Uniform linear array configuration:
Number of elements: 48
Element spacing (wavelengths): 1
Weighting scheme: kaiser
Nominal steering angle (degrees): -15
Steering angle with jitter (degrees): -14.506
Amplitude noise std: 0.05
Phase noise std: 0.05

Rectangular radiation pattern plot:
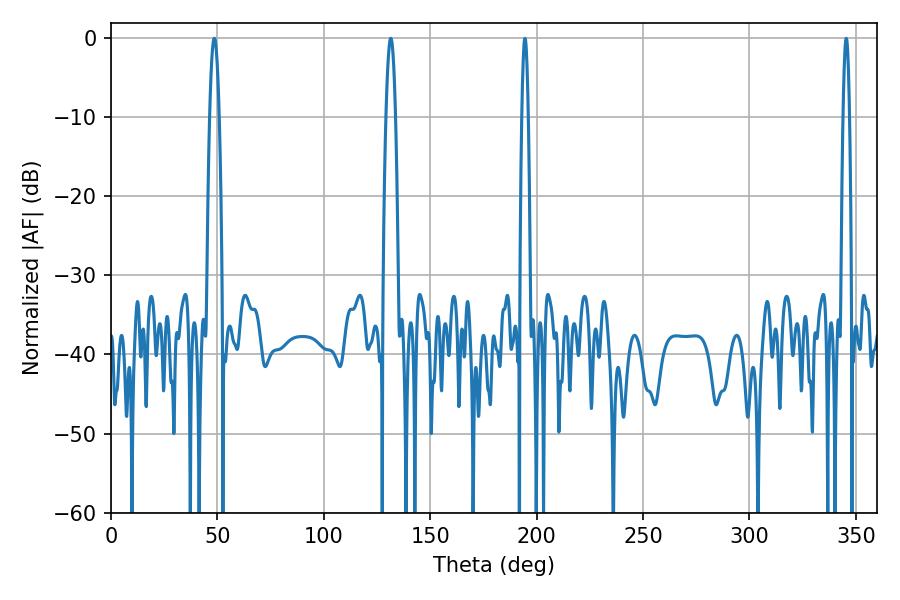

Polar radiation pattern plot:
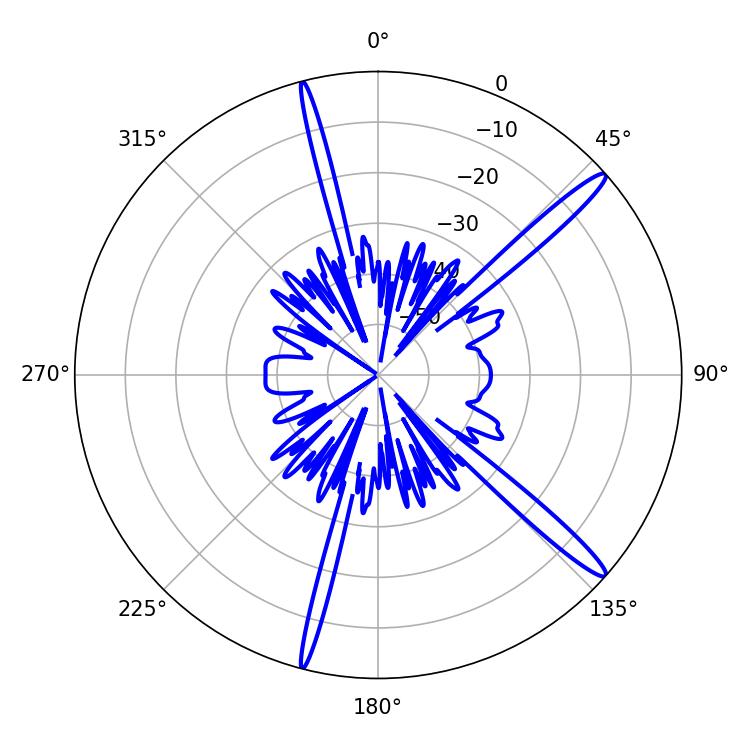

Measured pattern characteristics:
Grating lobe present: TRUE
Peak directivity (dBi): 15.646
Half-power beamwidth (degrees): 2.34
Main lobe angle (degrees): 131.4